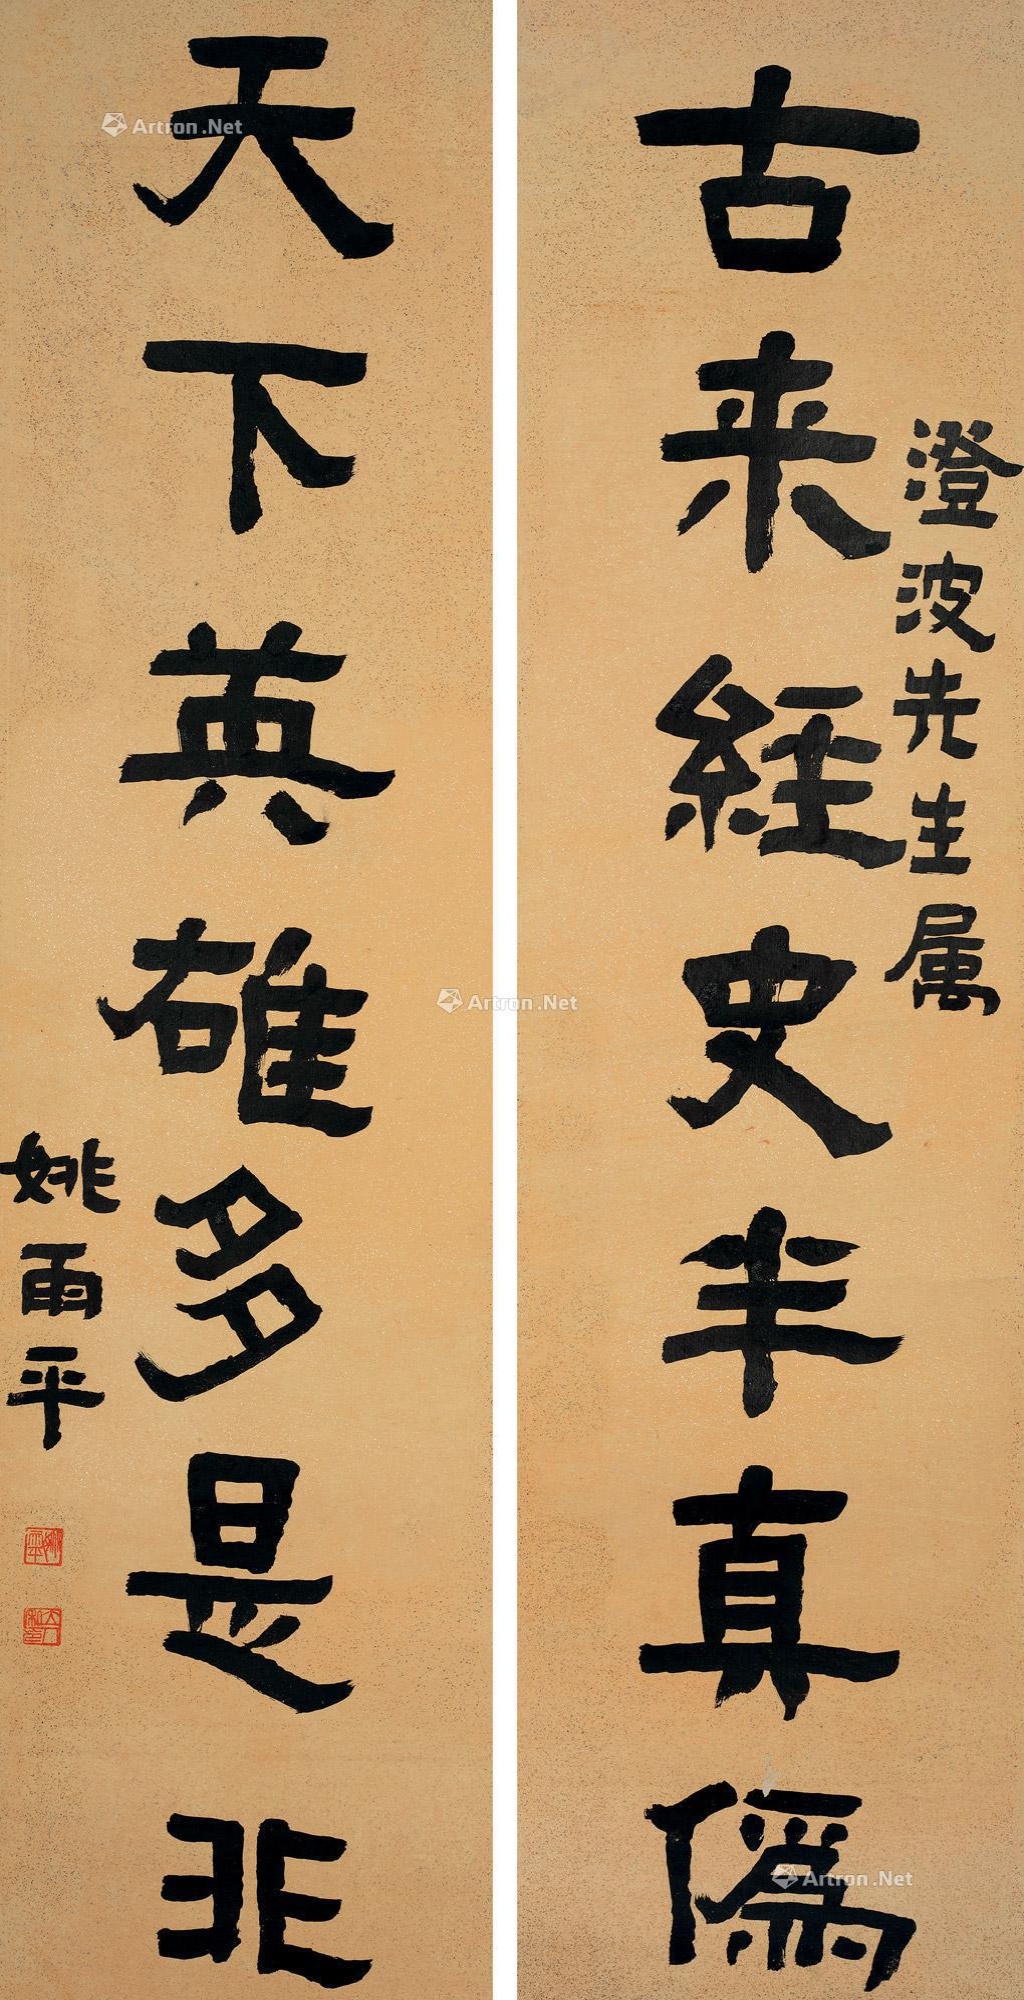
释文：古来经史半真伪，天下英雄多是非。澄波先生属，姚雨平。